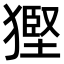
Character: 𤠿